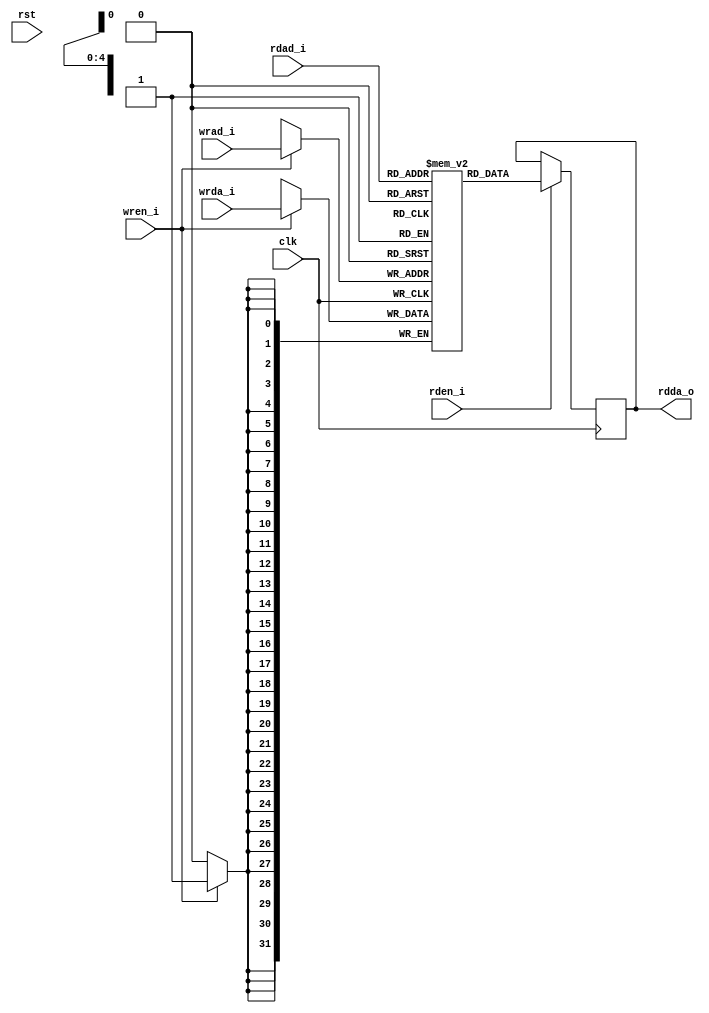
module mor1kx_rf_ram
  (
   clk,
   rst,
   rdad_i,
   rden_i,
   rdda_o,
   wrad_i,
   wren_i,
   wrda_i
   );

   parameter OPTION_OPERAND_WIDTH = 32;
   parameter OPTION_RF_ADDR_WIDTH = 5;
   parameter OPTION_RF_WORDS = 32;
   
   input clk, rst;
   // Read ports
   input [OPTION_RF_ADDR_WIDTH-1:0] rdad_i;
   input 			   rden_i;
   output reg [OPTION_OPERAND_WIDTH-1:0] rdda_o;
   // Write ports
   input [OPTION_RF_ADDR_WIDTH-1:0] 	  wrad_i;
   input 				  wren_i;
   input [OPTION_OPERAND_WIDTH-1:0] 	  wrda_i;

   reg [OPTION_OPERAND_WIDTH-1:0] 	  ram [0:OPTION_RF_WORDS-1] /* synthesis syn_ramstyle = "no_rw_check" */;

   always @(posedge clk)
     if (rden_i)
       rdda_o <= ram[rdad_i];

   always @(posedge clk)
     if (wren_i)
       ram[wrad_i] <= wrda_i;

endmodule